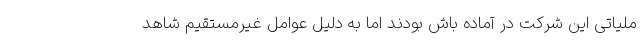
ملیاتی این شرکت در آماده باش بودند اما به دلیل عوامل غیرمستقیم شاهد